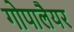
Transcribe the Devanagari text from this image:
गोपालैयर